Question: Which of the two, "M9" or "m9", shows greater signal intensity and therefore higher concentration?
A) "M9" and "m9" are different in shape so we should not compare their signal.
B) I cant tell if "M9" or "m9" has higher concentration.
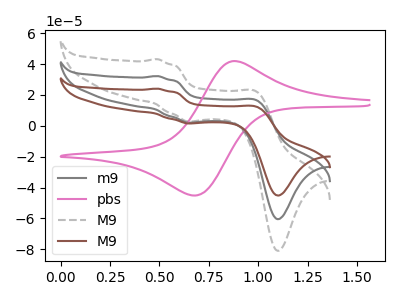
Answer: <think>The gray curve "m9" has anodic peaks at (0.50V, 32.25uA) (1.00V, 16.55uA) and cathodic peaks at (0.65V, 2.10uA) (1.10V, -60.50uA). The pink curve "pbs" has an anodic peak at (0.85V, 41.95uA) and a cathodic peak at (0.70V, -45.20uA). The gray dashed curve "M9" has anodic peaks at (0.50V, 64.55uA) (1.00V, 33.10uA) and cathodic peaks at (0.65V, 4.15uA) (1.10V, -121.05uA). The brown curve "M9" has anodic peaks at (0.50V, 24.10uA) (1.00V, 12.35uA) and cathodic peaks at (0.65V, 1.55uA) (1.10V, -45.20uA).
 All the peaks in "M9" have a peak in "m9" at the same potential.</think>
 <answer>B) I cant tell if "M9" or "m9" has higher concentration.</answer>
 <eval>B</eval>